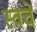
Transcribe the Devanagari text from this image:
स्वचे